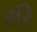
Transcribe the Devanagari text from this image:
हरि